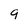
Character: 9